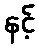
နင့်